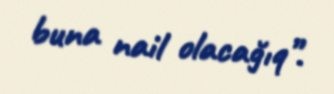
buna nail olacağıq”.